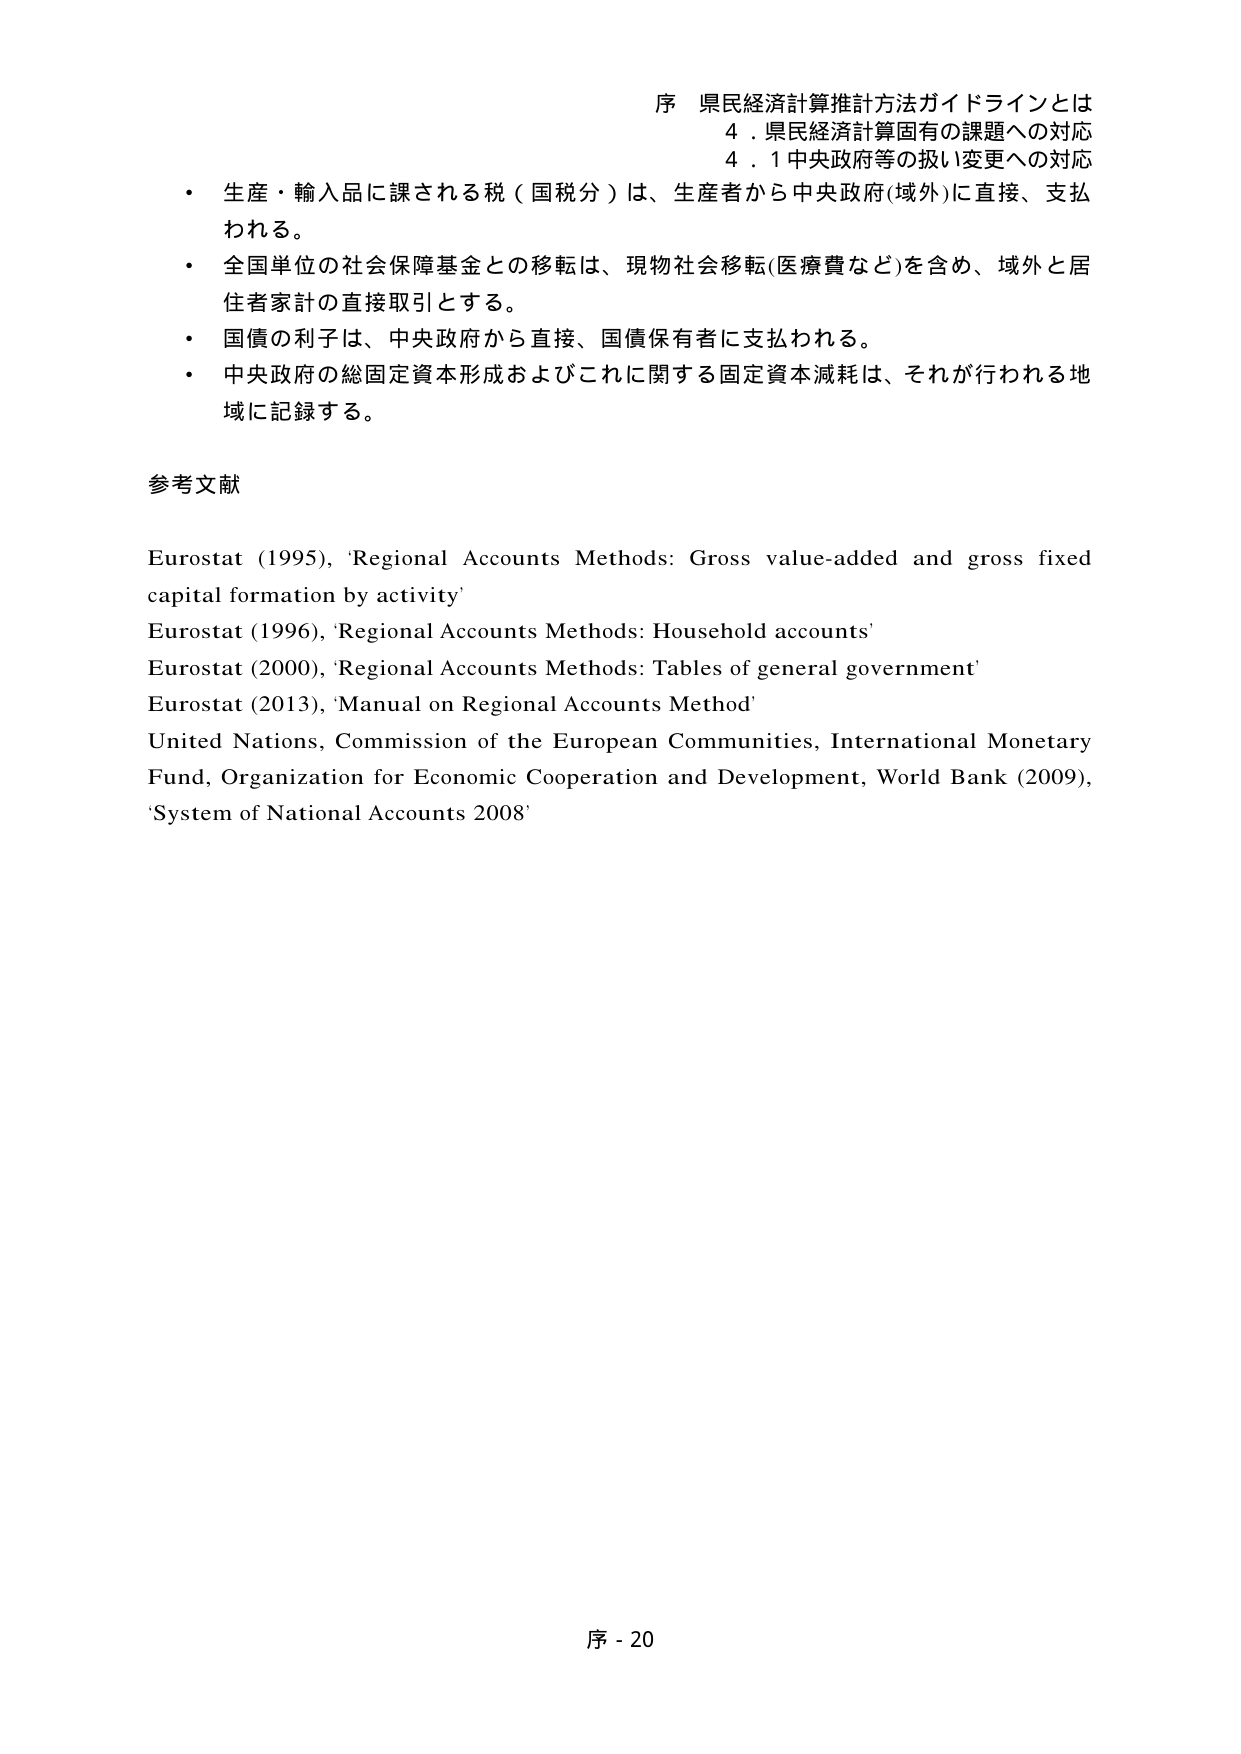
序 県民経済計算推計方法ガイドラインとは
4．県民経済計算固有の課題への対応
4．1 中央政府等の扱い変更への対応

・ 生産・輸入品に課される税（国税分）は、生産者から中央政府(域外)に直接、支払われる。
・ 全国単位の社会保障基金との移転は、現物社会移転(医療費など)を含め、域外と居住者家計の直接取引とする。
・ 国債の利子は、中央政府から直接、国債保有者に支払われる。
・ 中央政府の総固定資本形成およびこれに関する固定資本減耗は、それが行われる地域に記録する。

参考文献

Eurostat (1995), 'Regional Accounts Methods: Gross value-added and gross fixed capital formation by activity'
Eurostat (1996), 'Regional Accounts Methods: Household accounts'
Eurostat (2000), 'Regional Accounts Methods: Tables of general government'
Eurostat (2013), 'Manual on Regional Accounts Method'
United Nations, Commission of the European Communities, International Monetary Fund, Organization for Economic Cooperation and Development, World Bank (2009), 'System of National Accounts 2008'

序 - 20